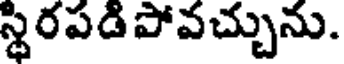
స్థిరపడిపోవచ్చును.